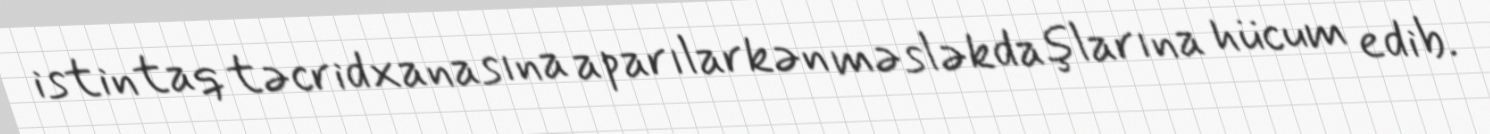
istintaq təcridxanasına aparılarkən məsləkdaşlarına hücum edib.